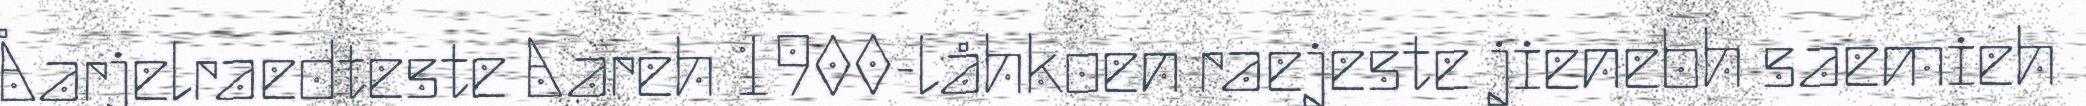
Åarjelraedteste Aareh 1900-låhkoen raejeste jienebh saemieh